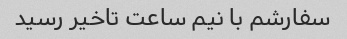
سفارشم با نیم ساعت تاخیر رسید